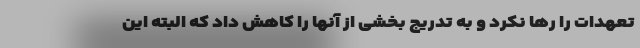
تعهدات را رها نکرد و به تدریج بخشی از آنها را کاهش داد که البته این